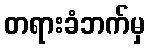
တရားခံဘက်မှ